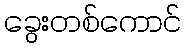
ခွေးတစ်ကောင်